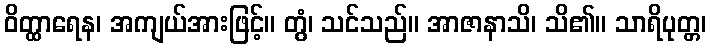
ဝိတ္ထာရေန၊ အကျယ်အားဖြင့်။ တွံ၊ သင်သည်။ အာဇာနာသိ၊ သိ၏။ သာရိပုတ္တ၊